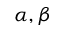
\alpha , \beta